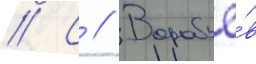
// С // Воробьё́в